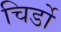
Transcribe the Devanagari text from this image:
चिर्डो